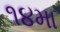
૧૪મા